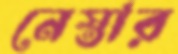
নেস্তার